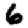
Digit: 6